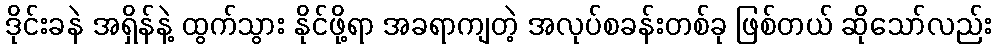
ဒိုင်းခနဲ အရှိန်နဲ့ ထွက်သွား နိုင်ဖို့ရာ အခရာကျတဲ့ အလုပ်စခန်းတစ်ခု ဖြစ်တယ် ဆိုသော်လည်း